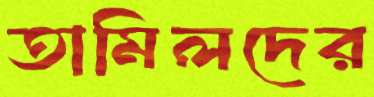
তামিলদের